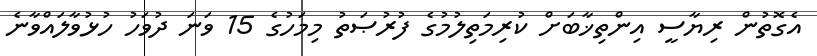
އެގޮތުން ރިޔާސީ އިންތިޚާބަށް ކުރިމަތިލުމުގެ ފުރުޞަތު މިމަހުގެ 15 ވަނަ ދުވަހު ހުޅުވާލައްވާނެ